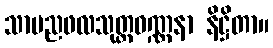
သာမညဖလသုတ္တဝဏ္ဏနာ နိဋ္ဌိတာ။